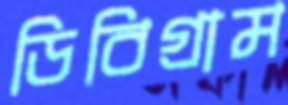
ডিবিগ্রাম